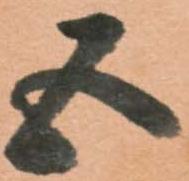
五